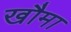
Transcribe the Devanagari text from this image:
खौमा